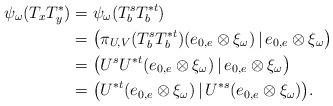
LaTeX: \begin{align*}\psi_\omega(T_xT_y^*)&=\psi_\omega(T_b^sT_b^{*t})\\&=\big(\pi_{U,V}(T_b^sT_b^{*t})(e_{0,e}\otimes \xi_\omega)\,|\,e_{0,e}\otimes \xi_\omega\big)\\&=\big(U^sU^{*t}(e_{0,e}\otimes \xi_\omega)\,|\,e_{0,e}\otimes \xi_\omega\big)\\&=\big(U^{*t}(e_{0,e}\otimes \xi_\omega)\,|\,U^{*s}(e_{0,e}\otimes \xi_\omega)\big).\end{align*}